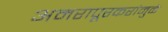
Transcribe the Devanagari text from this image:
अमरापूूरकरांमुळे